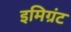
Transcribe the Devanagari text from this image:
इमिग्रंट